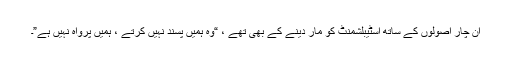
ان چار اصولوں کے ساتھ اسٹیبلشمنٹ کو مار دینے کے بھی تھے ، “وہ ہمیں پسند نہیں کرتے ، ہمیں پرواہ نہیں ہے”۔